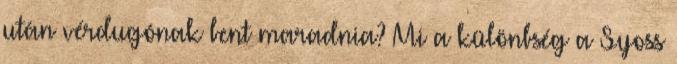
után vérdugónak bent maradnia? Mi a különbség a Syoss